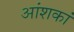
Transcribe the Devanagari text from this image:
आंशकां